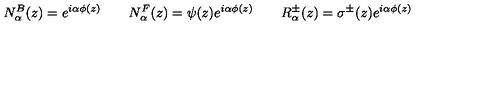
N _ { \alpha } ^ { B } ( z ) = e ^ { i \alpha \phi ( z ) } \qquad N _ { \alpha } ^ { F } ( z ) = \psi ( z ) e ^ { i \alpha \phi ( z ) } \qquad R _ { \alpha } ^ { \pm } ( z ) = \sigma ^ { \pm } ( z ) e ^ { i \alpha \phi ( z ) }